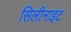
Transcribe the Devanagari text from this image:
सिलीनाइट